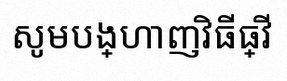
សូមបង្ហាញវិធីធ្វើ